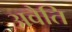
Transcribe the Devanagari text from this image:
अवैति